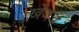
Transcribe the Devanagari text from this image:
खेजअ